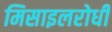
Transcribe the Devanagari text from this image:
मिसाइलरोधी